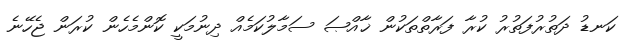
ކަނޑު ދަތުރުފަތުރު ކުރާ ފަރާތްތަކުން ޚާއްޞަ ސަމާލުކަމެއް ދިނުމަކީ ކޮންމެހެން ކުރަން ޖެހޭނެ